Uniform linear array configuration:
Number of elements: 16
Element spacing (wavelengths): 0.5
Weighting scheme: hann
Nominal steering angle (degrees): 60
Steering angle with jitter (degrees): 60.053
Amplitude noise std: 0.05
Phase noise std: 0.05

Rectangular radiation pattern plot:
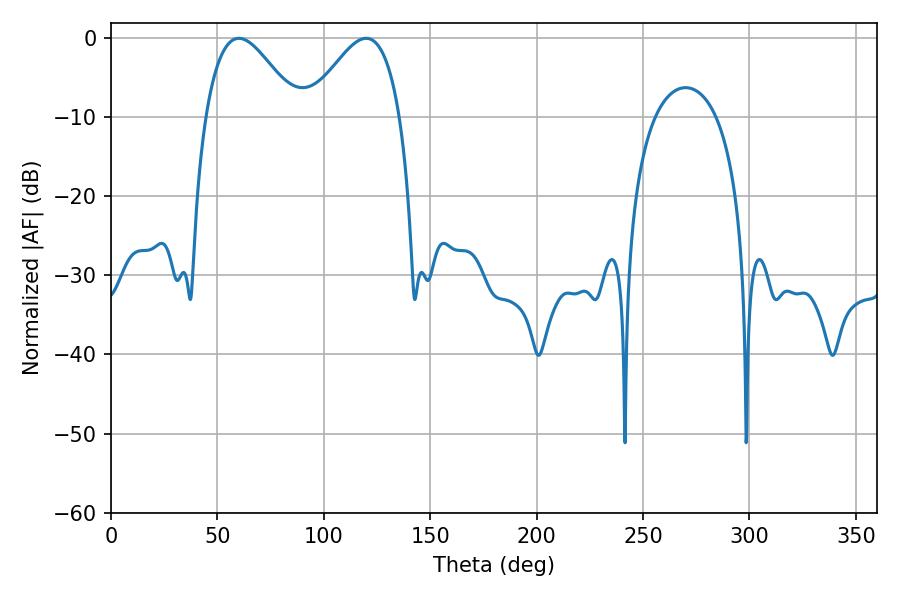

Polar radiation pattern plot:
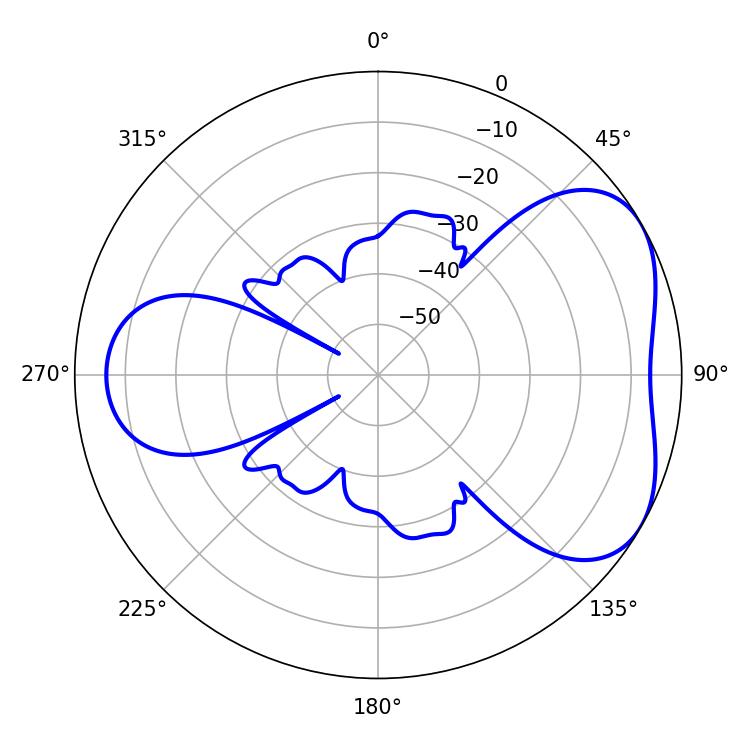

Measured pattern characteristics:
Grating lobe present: FALSE
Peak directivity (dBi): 4.613
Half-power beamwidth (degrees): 23.4
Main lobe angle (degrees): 60.12